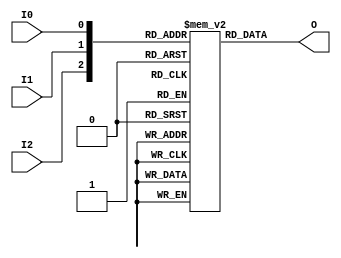
/*
 * implementation of Spartan-6 LUT3 for simulation
 */
module LUT3( 
    output O, 
    input I0, 
    input I1, 
    input I2 );

  parameter INIT = 8'h00;

  reg lut [7:0];

  integer i;

  initial 
    for(i = 0; i < 8; i++ )
       lut[i] = INIT[i];

  assign O = lut[{I2,I1,I0}];

endmodule